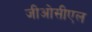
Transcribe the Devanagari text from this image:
जीओसीएल